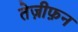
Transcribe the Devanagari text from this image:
तेज़ीफ़न